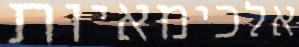
אלכימאיות